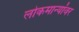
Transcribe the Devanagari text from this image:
लोकमान्यांवर